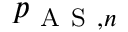
p _ { \mathrm { ~ A ~ S ~ } , n }